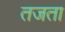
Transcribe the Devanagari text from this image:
तजता